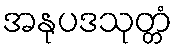
အနုပဒသုတ္တံ